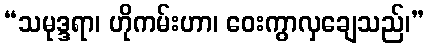
“သမုဒ္ဒရာ၊ ဟိုကမ်းဟာ၊ ဝေးကွာလှချေသည်၊”